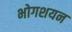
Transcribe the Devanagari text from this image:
भोगशयन